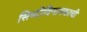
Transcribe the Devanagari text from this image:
सिघ्दीविनायकाची